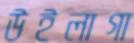
উইলাগা